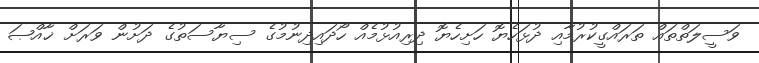
ވަސީލަތްތައް ތަރައްގީކުރުމާއި ދުޅަހެޔޮ ހަށިހެޔޮ ދިރިއުޅުމެއް ހޯދައިދިނުމުގެ ސިޔާސަތުގެ ދަށުން ވަރަށް ޚާއްޞަ